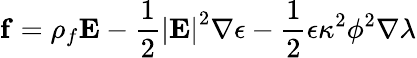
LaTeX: \mathbf{f}=\rho_{f}\mathbf{E}-\frac{1}{2}\left|\mathbf{E}\right|^{2}\nabla\epsilon-\frac{1}{2}\epsilon\kappa^{2}\phi^{2}\nabla\lambda